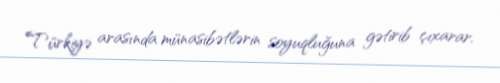
Türkiyə arasında münasibətlərin soyuqluğuna gətirib çıxarar.